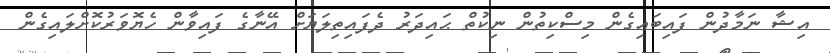
އިޝާ ނަމާދުން ފައިބައިގެން މިސްކިތުން ނިކުތް ޙައިދަރު ދެފައިތިލަޔަށް އޭނާގެ ފައިވާން ހެޔޮވަރުކޮށްލައިގެން